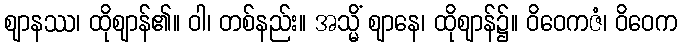
ဈာနဿ၊ ထိုဈာန်၏။ ဝါ၊ တစ်နည်း။ အသ္မိံ ဈာနေ၊ ထိုဈာန်၌။ ဝိဝေကဇံ၊ ဝိဝေက